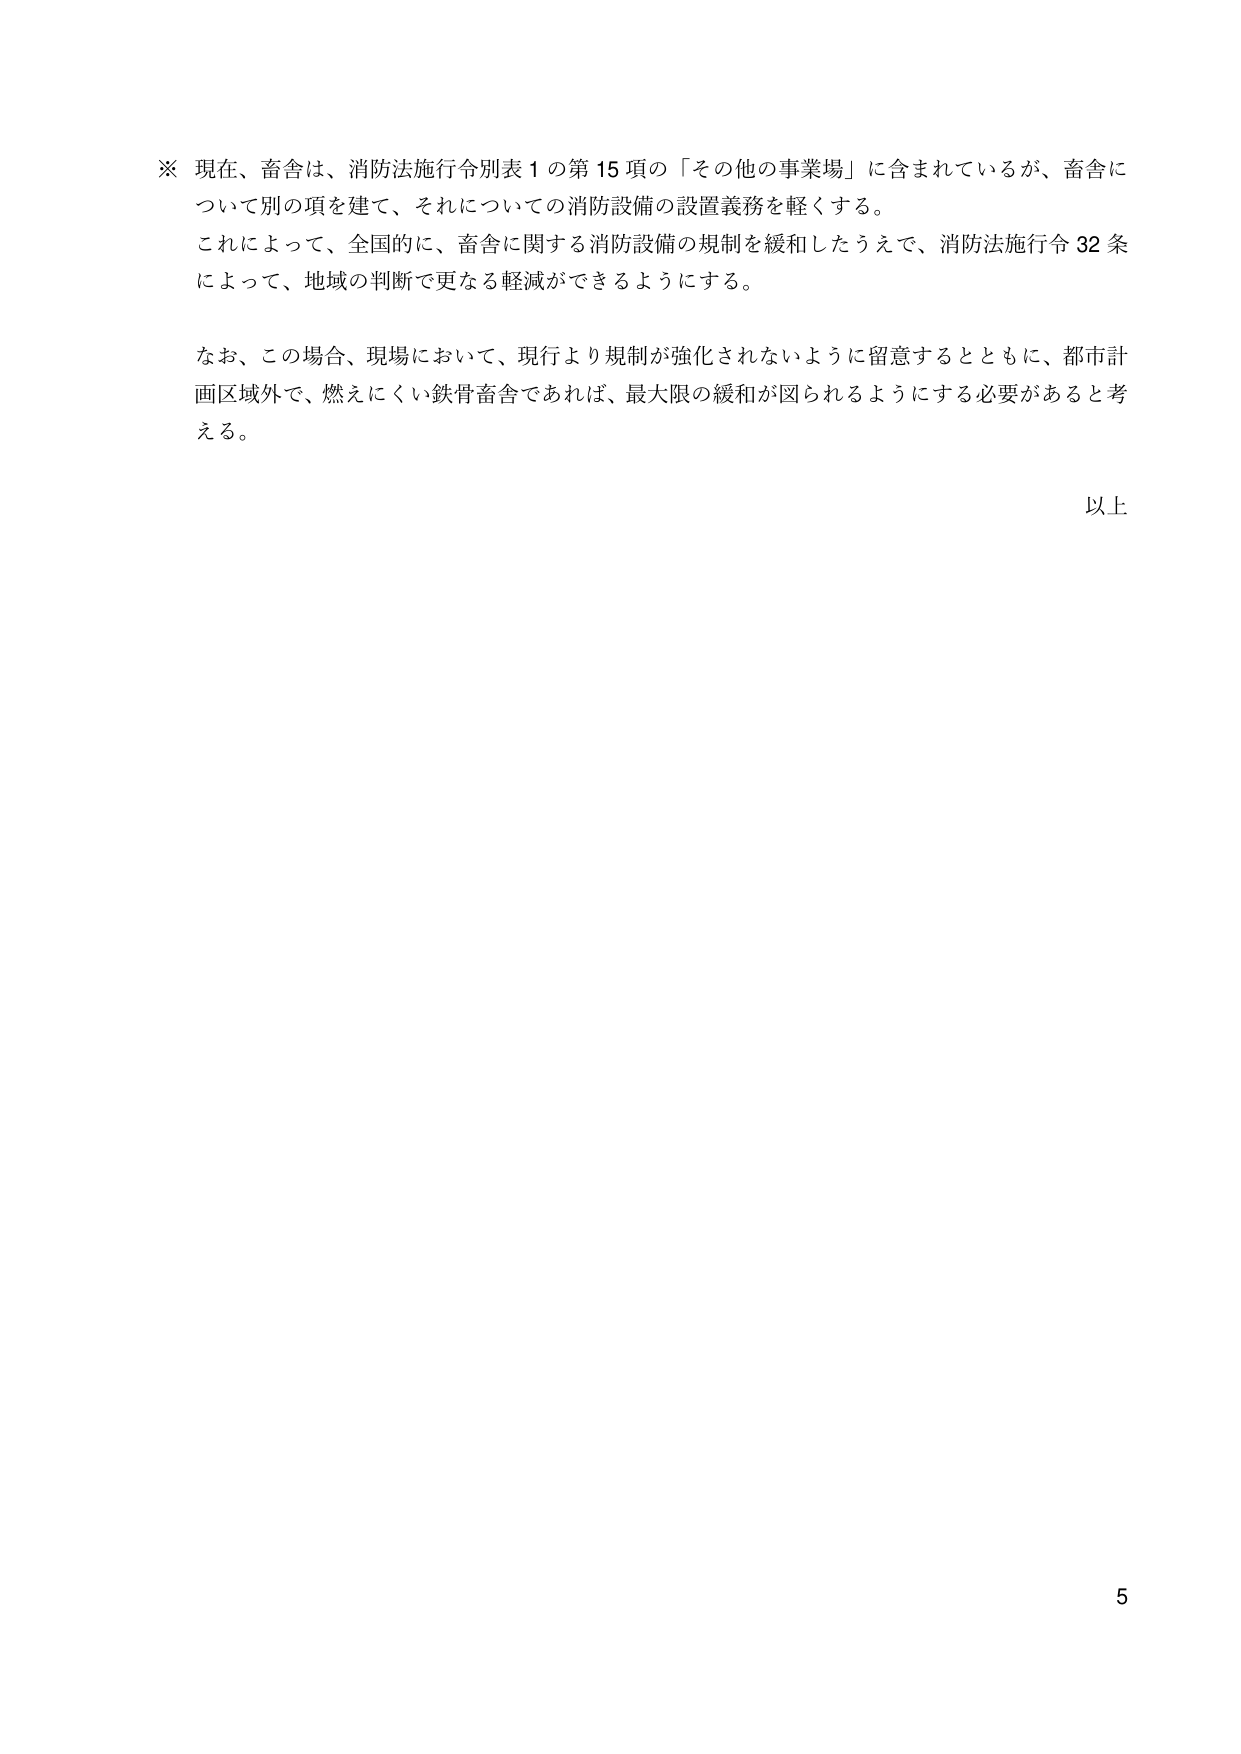
※ 現在、畜舎は、消防法施行令別表１の第15項の「その他の事業場」に含まれているが、畜舎について別の項を建て、それについての消防設備の設置義務を軽くする。

これによって、全国的に、畜舎に関する消防設備の規制を緩和したうえで、消防法施行令32条によって、地域の判断で更なる軽減ができるようにする。

なお、この場合、現場において、現行より規制が強化されないように留意するとともに、都市計画区域外で、燃えにくい鉄骨畜舎であれば、最大限の緩和が図られるようにする必要があると考える。

以上

5